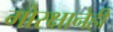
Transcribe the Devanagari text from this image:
गोरक्षानेही